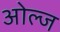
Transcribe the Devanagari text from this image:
ओल्ज